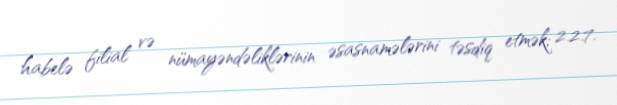
habelə filial və nümayəndəliklərinin əsasnamələrini təsdiq etmək; 2.2.7.